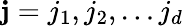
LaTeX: \mathbf{j}=j_{1},j_{2},\dots j_{d}